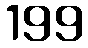
199